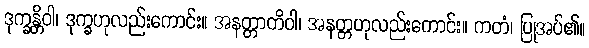
ဒုက္ခန္တိဝါ၊ ဒုက္ခဟုလည်းကောင်း။ အနတ္တာတိဝါ၊ အနတ္တဟုလည်းကောင်း။ ကတံ၊ ပြုအပ်၏။